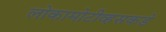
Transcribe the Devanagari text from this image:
लोकामोटीव्हसकडे